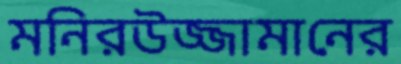
মনিরউজ্জামানের